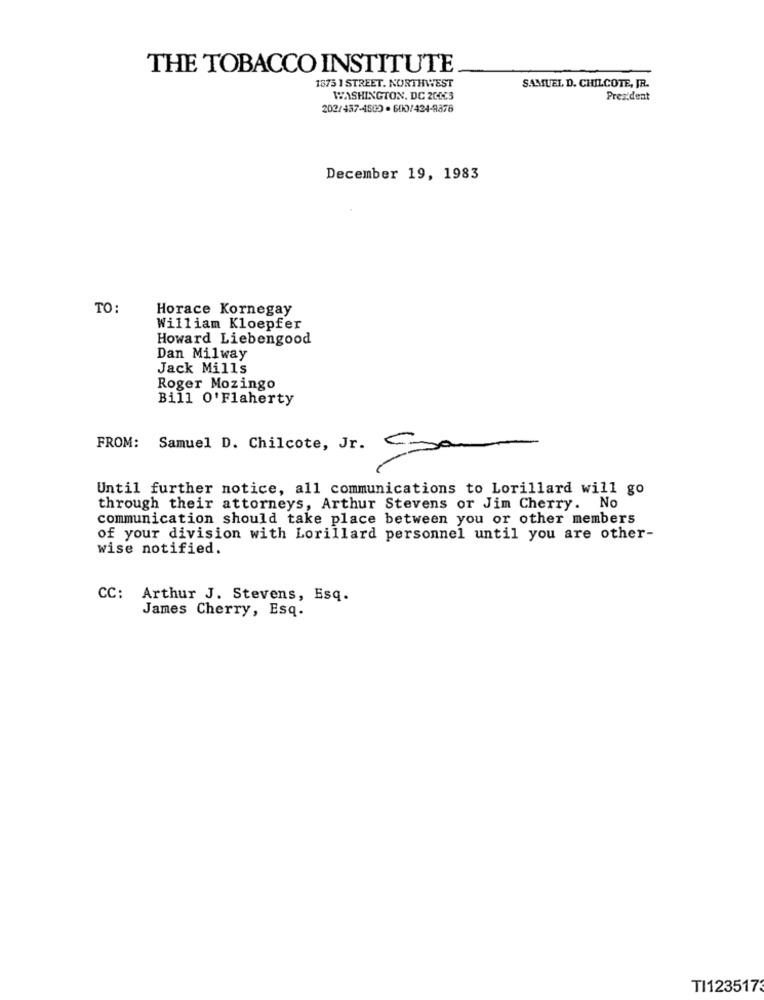
THE TOBACCO INSTITUTE
1875 1 STREET. NORTHWEST
SAMUEL D. CHILCOTE, JR.
WASHINGTON, DC 200C3
President
202/437-4500 . 600/424-9878
December 19, 1983
TO:
Horace Kornegay
William Kloepfer
Howard Liebengood
Dan Milway
Jack Mills
Roger Mozingo
Bill O'Flaherty
FROM: Samuel D. Chilcote, Jr.
San
Until further notice, all communications to Lorillard will go
through their attorneys, Arthur Stevens or Jim Cherry. No
communication should take place between you or other members
of your division with Lorillard personnel until you are other-
wise notified.
CC: Arthur J. Stevens, Esq.
James Cherry, Esq.
TI123517